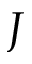
J